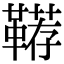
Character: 鞯